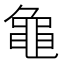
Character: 𬹝